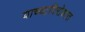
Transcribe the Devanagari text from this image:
याच्याविरोधात